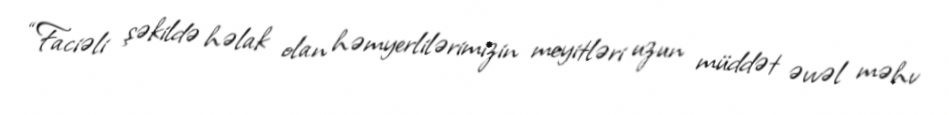
“Faciəli şəkildə həlak olan həmyerlilərimizin meyitləri uzun müddət əvvəl məhv